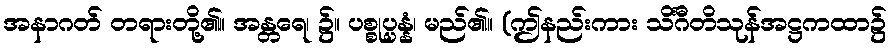
အနာဂတ် တရားတို့၏။ အန္တရေ၊ ၌။ ပစ္စုပ္ပန္နံ၊ မည်၏။ (ဤနည်းကား သိင်္ဂီတိသုန်အဋ္ဌကထာ၌